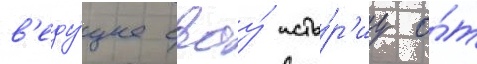
в'еду́щее своу́ исто́р'иу о́т